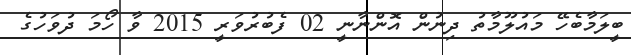
ބީލަމާބެހޭ މައުލޫމާތު ދިނުން އޮންނާނީ 02 ފެބުރުވަރީ 2015 ވާ ހޯމަ ދުވަހުގެ